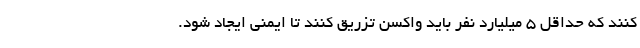
کنند که حداقل ۵ میلیارد نفر باید واکسن تزریق کنند تا ایمنی ایجاد شود.